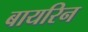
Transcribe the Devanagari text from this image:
बायरिन